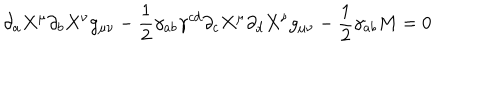
\partial _ { a } X ^ { \mu } \partial _ { b } X ^ { \nu } g _ { \mu \nu } - \frac { 1 } { 2 } \gamma _ { a b } \gamma ^ { c d } \partial _ { c } X ^ { \mu } \partial _ { d } X ^ { \nu } g _ { \mu \nu } - \frac { 1 } { 2 } \gamma _ { a b } M = 0